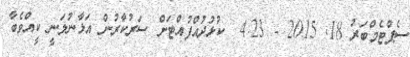
ސެޕްޓެމްބަރު 18